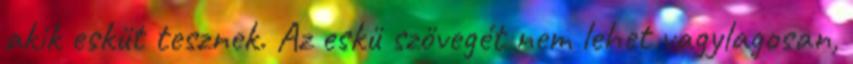
akik esküt tesznek. Az eskü szövegét nem lehet vagylagosan,